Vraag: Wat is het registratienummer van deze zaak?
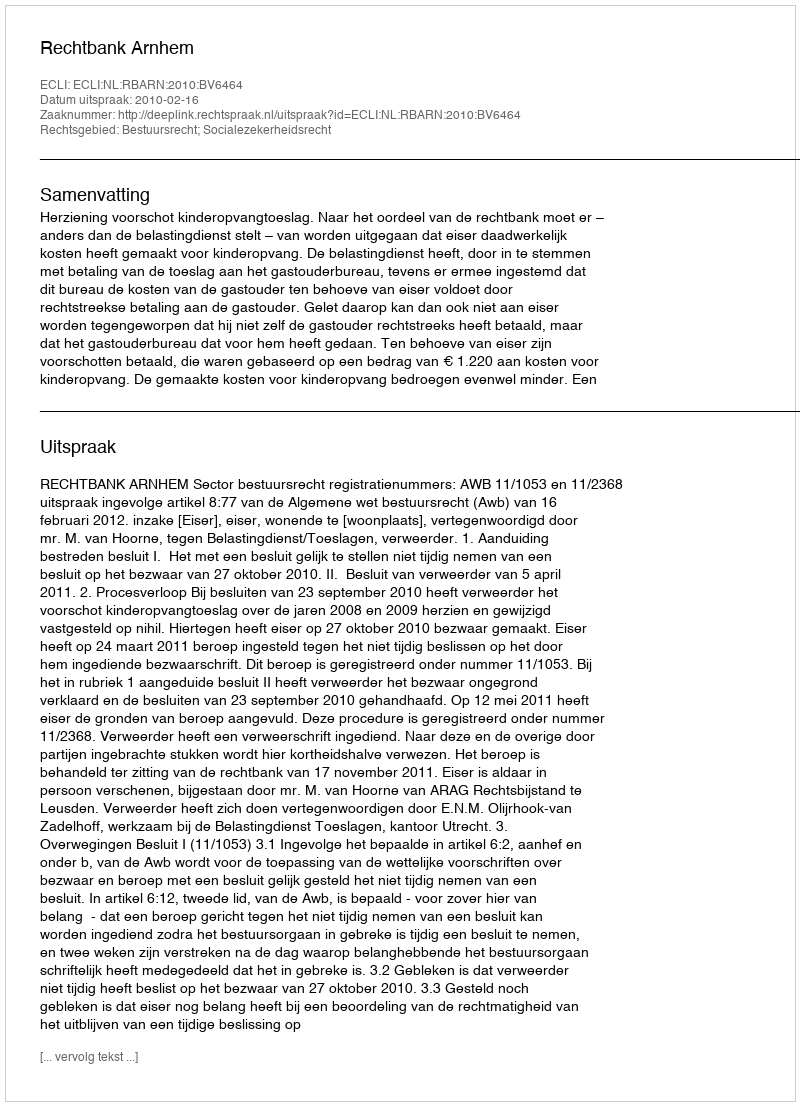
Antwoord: http://deeplink.rechtspraak.nl/uitspraak?id=ECLI:NL:RBARN:2010:BV6464